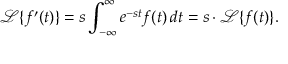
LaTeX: { \mathcal { L } } \{ f ^ { \prime } ( t ) \} = s \int _ { - \infty } ^ { \infty } e ^ { - s t } f ( t ) \, d t = s \cdot { \mathcal { L } } \{ f ( t ) \} .